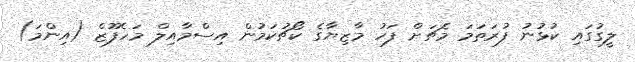
ލީގުގައި ކުޅުނު ފުރަތަމަ މެޗަށް ފަހު މާޒިޔާގެ ކޯޗުކަމުން އިސްމާއިލް މަހެފޫޒް (އިންމަ)